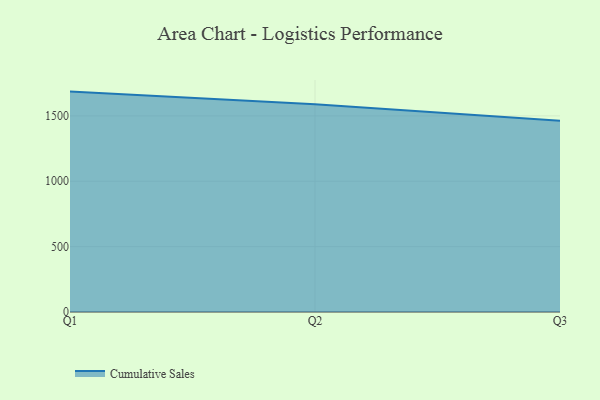
{"axis": {"x": "Quarter", "y": "Bounce Rate (%)"}, "legend": ["Cumulative Sales"], "data": [{"x": "Q1", "y": 1685.8, "type": "Cumulative Sales"}, {"x": "Q2", "y": 1589.2, "type": "Cumulative Sales"}, {"x": "Q3", "y": 1462.3, "type": "Cumulative Sales"}]}